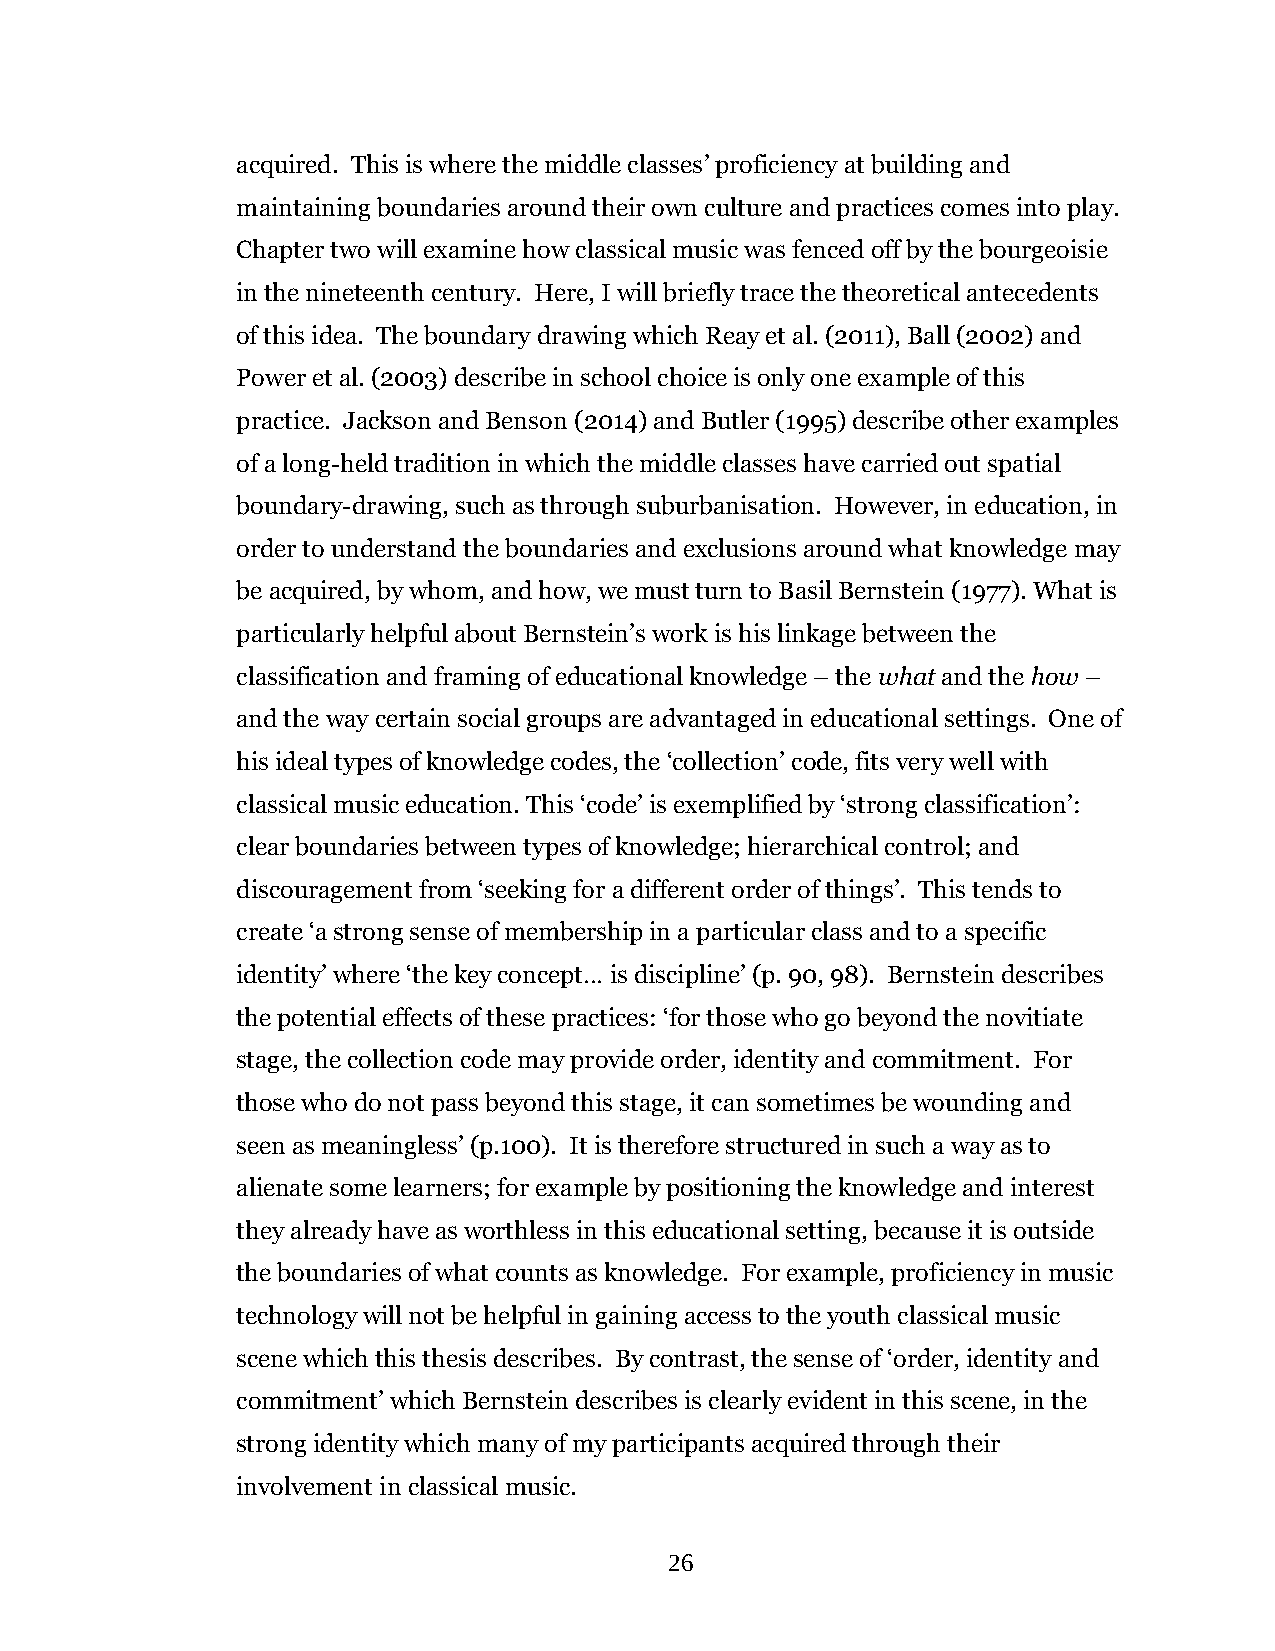
acquired. This is where the middle classes’ proficiency at building and
 maintaining boundaries around their own culture and practices comes into play.
 Chapter two will examine how classical music was fenced off by the bourgeoisie
 in the nineteenth century. Here, I will briefly trace the theoretical antecedents
 of this idea. The boundary drawing which Reay et al. (2011), Ball (2002) and
 Power et al. (2003) describe in school choice is only one example of this
 practice. Jackson and Benson (2014) and Butler (1995) describe other examples
 of a long-held tradition in which the middle classes have carried out spatial
 boundary-drawing, such as through suburbanisation. However, in education, in
 order to understand the boundaries and exclusions around what knowledge may
 be acquired, by whom, and how, we must turn to Basil Bernstein (1977). What is
 particularly helpful about Bernstein’s work is his linkage between the
 classification and framing of educational knowledge – the what and the how –
 and the way certain social groups are advantaged in educational settings. One of
 his ideal types of knowledge codes, the ‘collection’ code, fits very well with
 classical music education. This ‘code’ is exemplified by ‘strong classification’:
 clear boundaries between types of knowledge; hierarchical control; and
 discouragement from ‘seeking for a different order of things’. This tends to
 create ‘a strong sense of membership in a particular class and to a specific
 identity’ where ‘the key concept… is discipline’ (p. 90, 98). Bernstein describes
 the potential effects of these practices: ‘for those who go beyond the novitiate
 stage, the collection code may provide order, identity and commitment. For
 those who do not pass beyond this stage, it can sometimes be wounding and
 seen as meaningless’ (p.100). It is therefore structured in such a way as to
 alienate some learners; for example by positioning the knowledge and interest
 they already have as worthless in this educational setting, because it is outside
 the boundaries of what counts as knowledge. For example, proficiency in music
 technology will not be helpful in gaining access to the youth classical music
 scene which this thesis describes. By contrast, the sense of ‘order, identity and
 commitment’ which Bernstein describes is clearly evident in this scene, in the
 strong identity which many of my participants acquired through their
 involvement in classical music.
 26